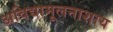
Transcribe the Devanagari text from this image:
अविद्यामूलनाशाय